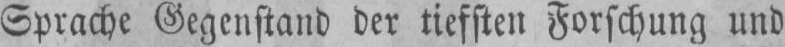
Sprache Gegenstand der tiefsten Forschung und